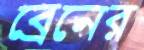
ব্রেনের